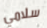
سلامي